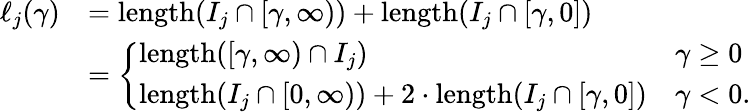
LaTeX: \begin{array}{rl}{\ell_{j}(\gamma)}&{=\mathrm{length}(I_{j}\cap[\gamma,\infty))+\mathrm{length}(I_{j}\cap[\gamma,0])}\\ &{=\left\{ \begin{array}{ll}{\mathrm{length}([\gamma,\infty)\cap I_{j})}&{\gamma\ge 0}\\ {\mathrm{length}(I_{j}\cap[0,\infty))+2\cdot\mathrm{length}(I_{j}\cap[\gamma,0])}&{\gamma<0.}\end{array}\right.}\end{array}